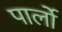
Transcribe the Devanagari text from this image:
पार्लो